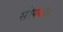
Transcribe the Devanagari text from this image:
सोपवीत